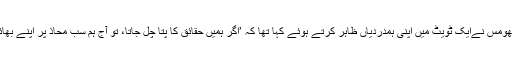
درج شکایت میں الزام لگایا گیا ہے کہ تھومس نےایک ٹویٹ میں اپنی ہمدردیاں ظاہر کرتے ہوئے کہا تھا کہ ’اگر ہمیں حقائق کا پتا چل جاتا، تو آج ہم سب محاذ پر اپنے بھائیوں کے ہمراہ لڑائی میں شریک ہوتے‘۔